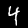
Digit: 4